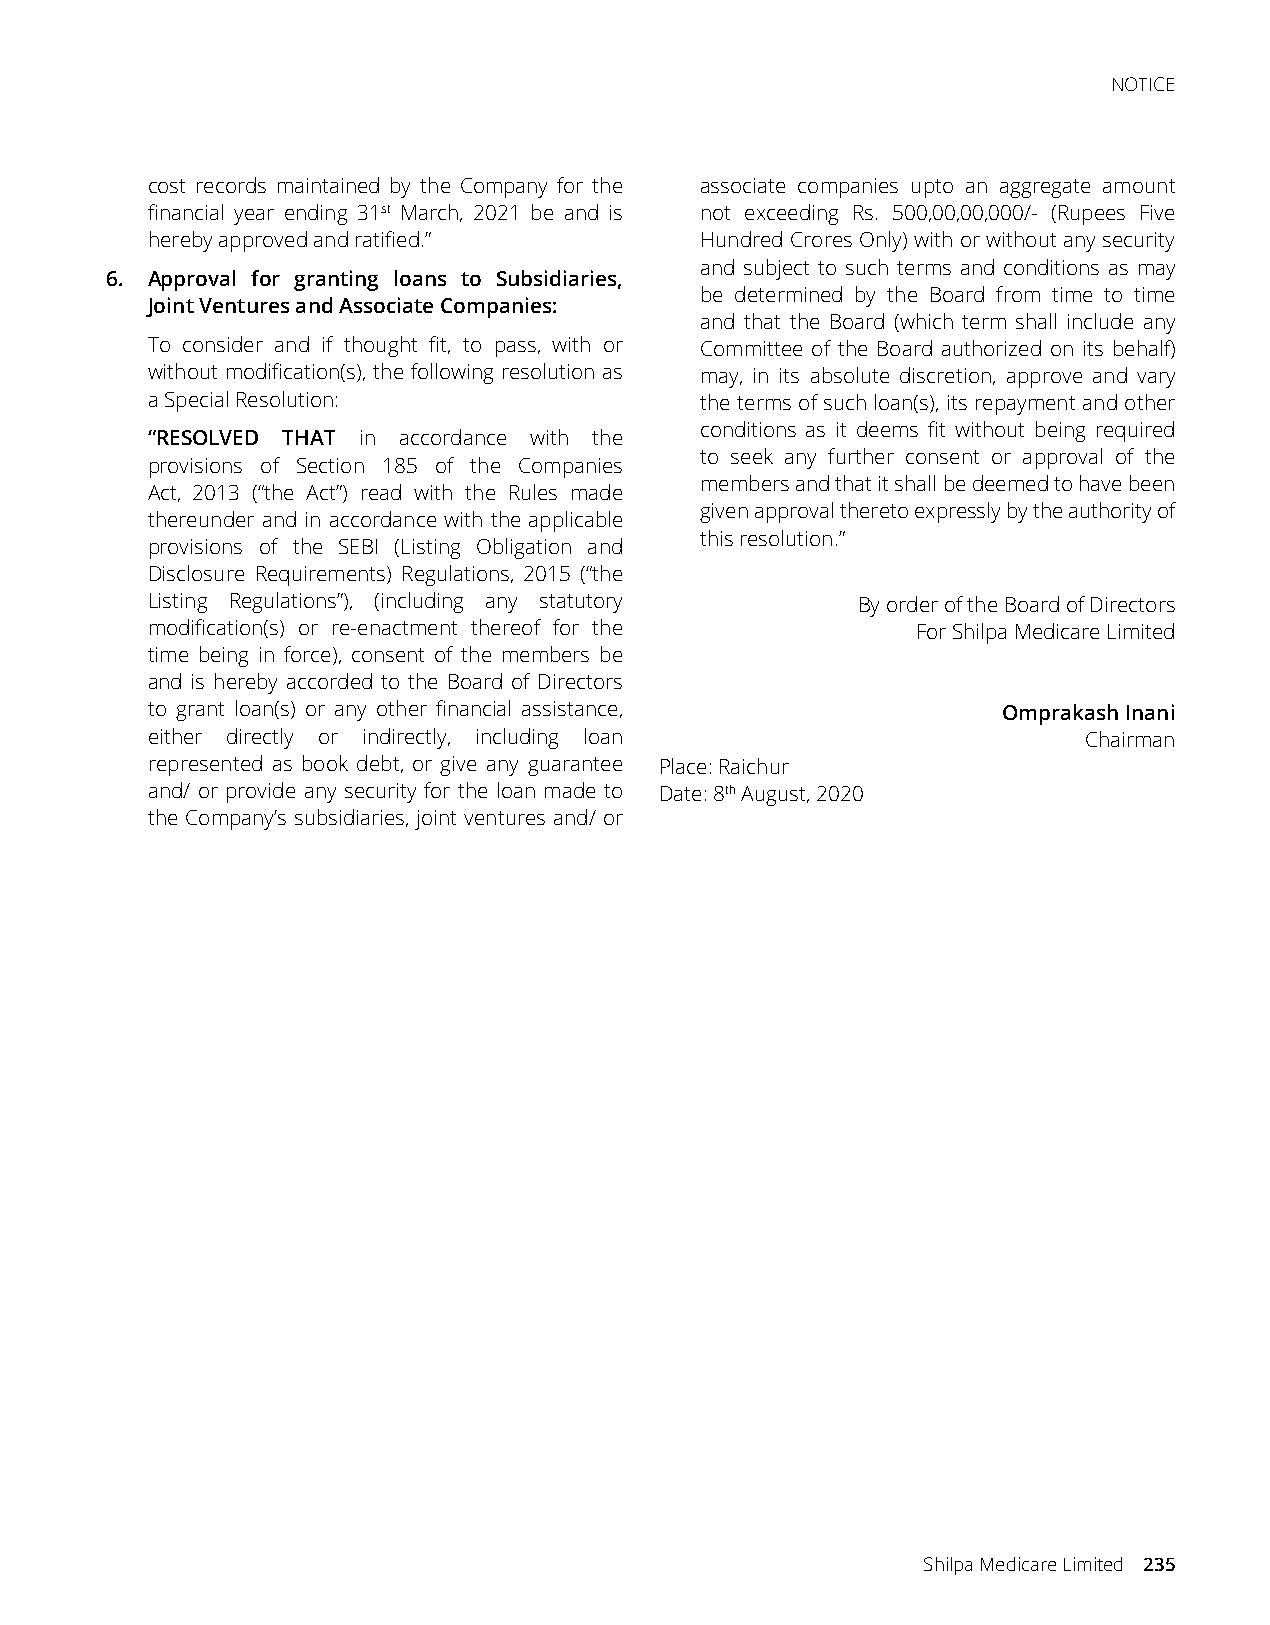
NOTICE
 cost records maintained by the Company for the associate companies upto an aggregate amount
 financial year ending 31st March, 2021 be and is not exceeding Rs. 500,00,00,000/- (Rupees Five
 hereby approved and ratified.”      Hundred Crores Only) with or without any security
 and subject to such terms and conditions as may
 6. Approval for granting loans to Subsidiaries,
 be determined by the Board from time to time
 Joint Ventures and Associate Companies:
 and that the Board (which term shall include any
 To consider and if thought fit, to pass, with or Committee of the Board authorized on its behalf)
 without modification(s), the following resolution as may, in its absolute discretion, approve and vary
 a Special Resolution:               the terms of such loan(s), its repayment and other
 conditions as it deems fit without being required
 “RESOLVED THAT in accordance with the
 to seek any further consent or approval of the
 provisions of Section 185 of the Companies
 members and that it shall be deemed to have been
 Act, 2013 (“the Act”) read with the Rules made
 given approval thereto expressly by the authority of
 thereunder and in accordance with the applicable
 this resolution.”
 provisions of the SEBI (Listing Obligation and
 Disclosure Requirements) Regulations, 2015 (“the
 Listing Regulations”), (including any statutory By order of the Board of Directors
 modification(s) or re-enactment thereof for the    For Shilpa Medicare Limited
 time being in force), consent of the members be
 and is hereby accorded to the Board of Directors
 to grant loan(s) or any other financial assistance,     Omprakash Inani
 either directly or indirectly, including loan                 Chairman
 represented as book debt, or give any guarantee Place: Raichur
 and/ or provide any security for the loan made to Date: 8th August, 2020
 the Company’s subsidiaries, joint ventures and/ or
 Shilpa Medicare Limited 235